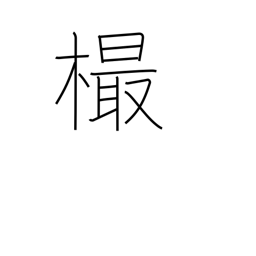
Meaning: knot in wood